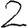
Digit: 2